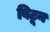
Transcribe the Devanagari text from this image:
विटून